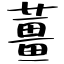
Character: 薑